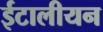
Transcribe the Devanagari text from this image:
ईटालीयन